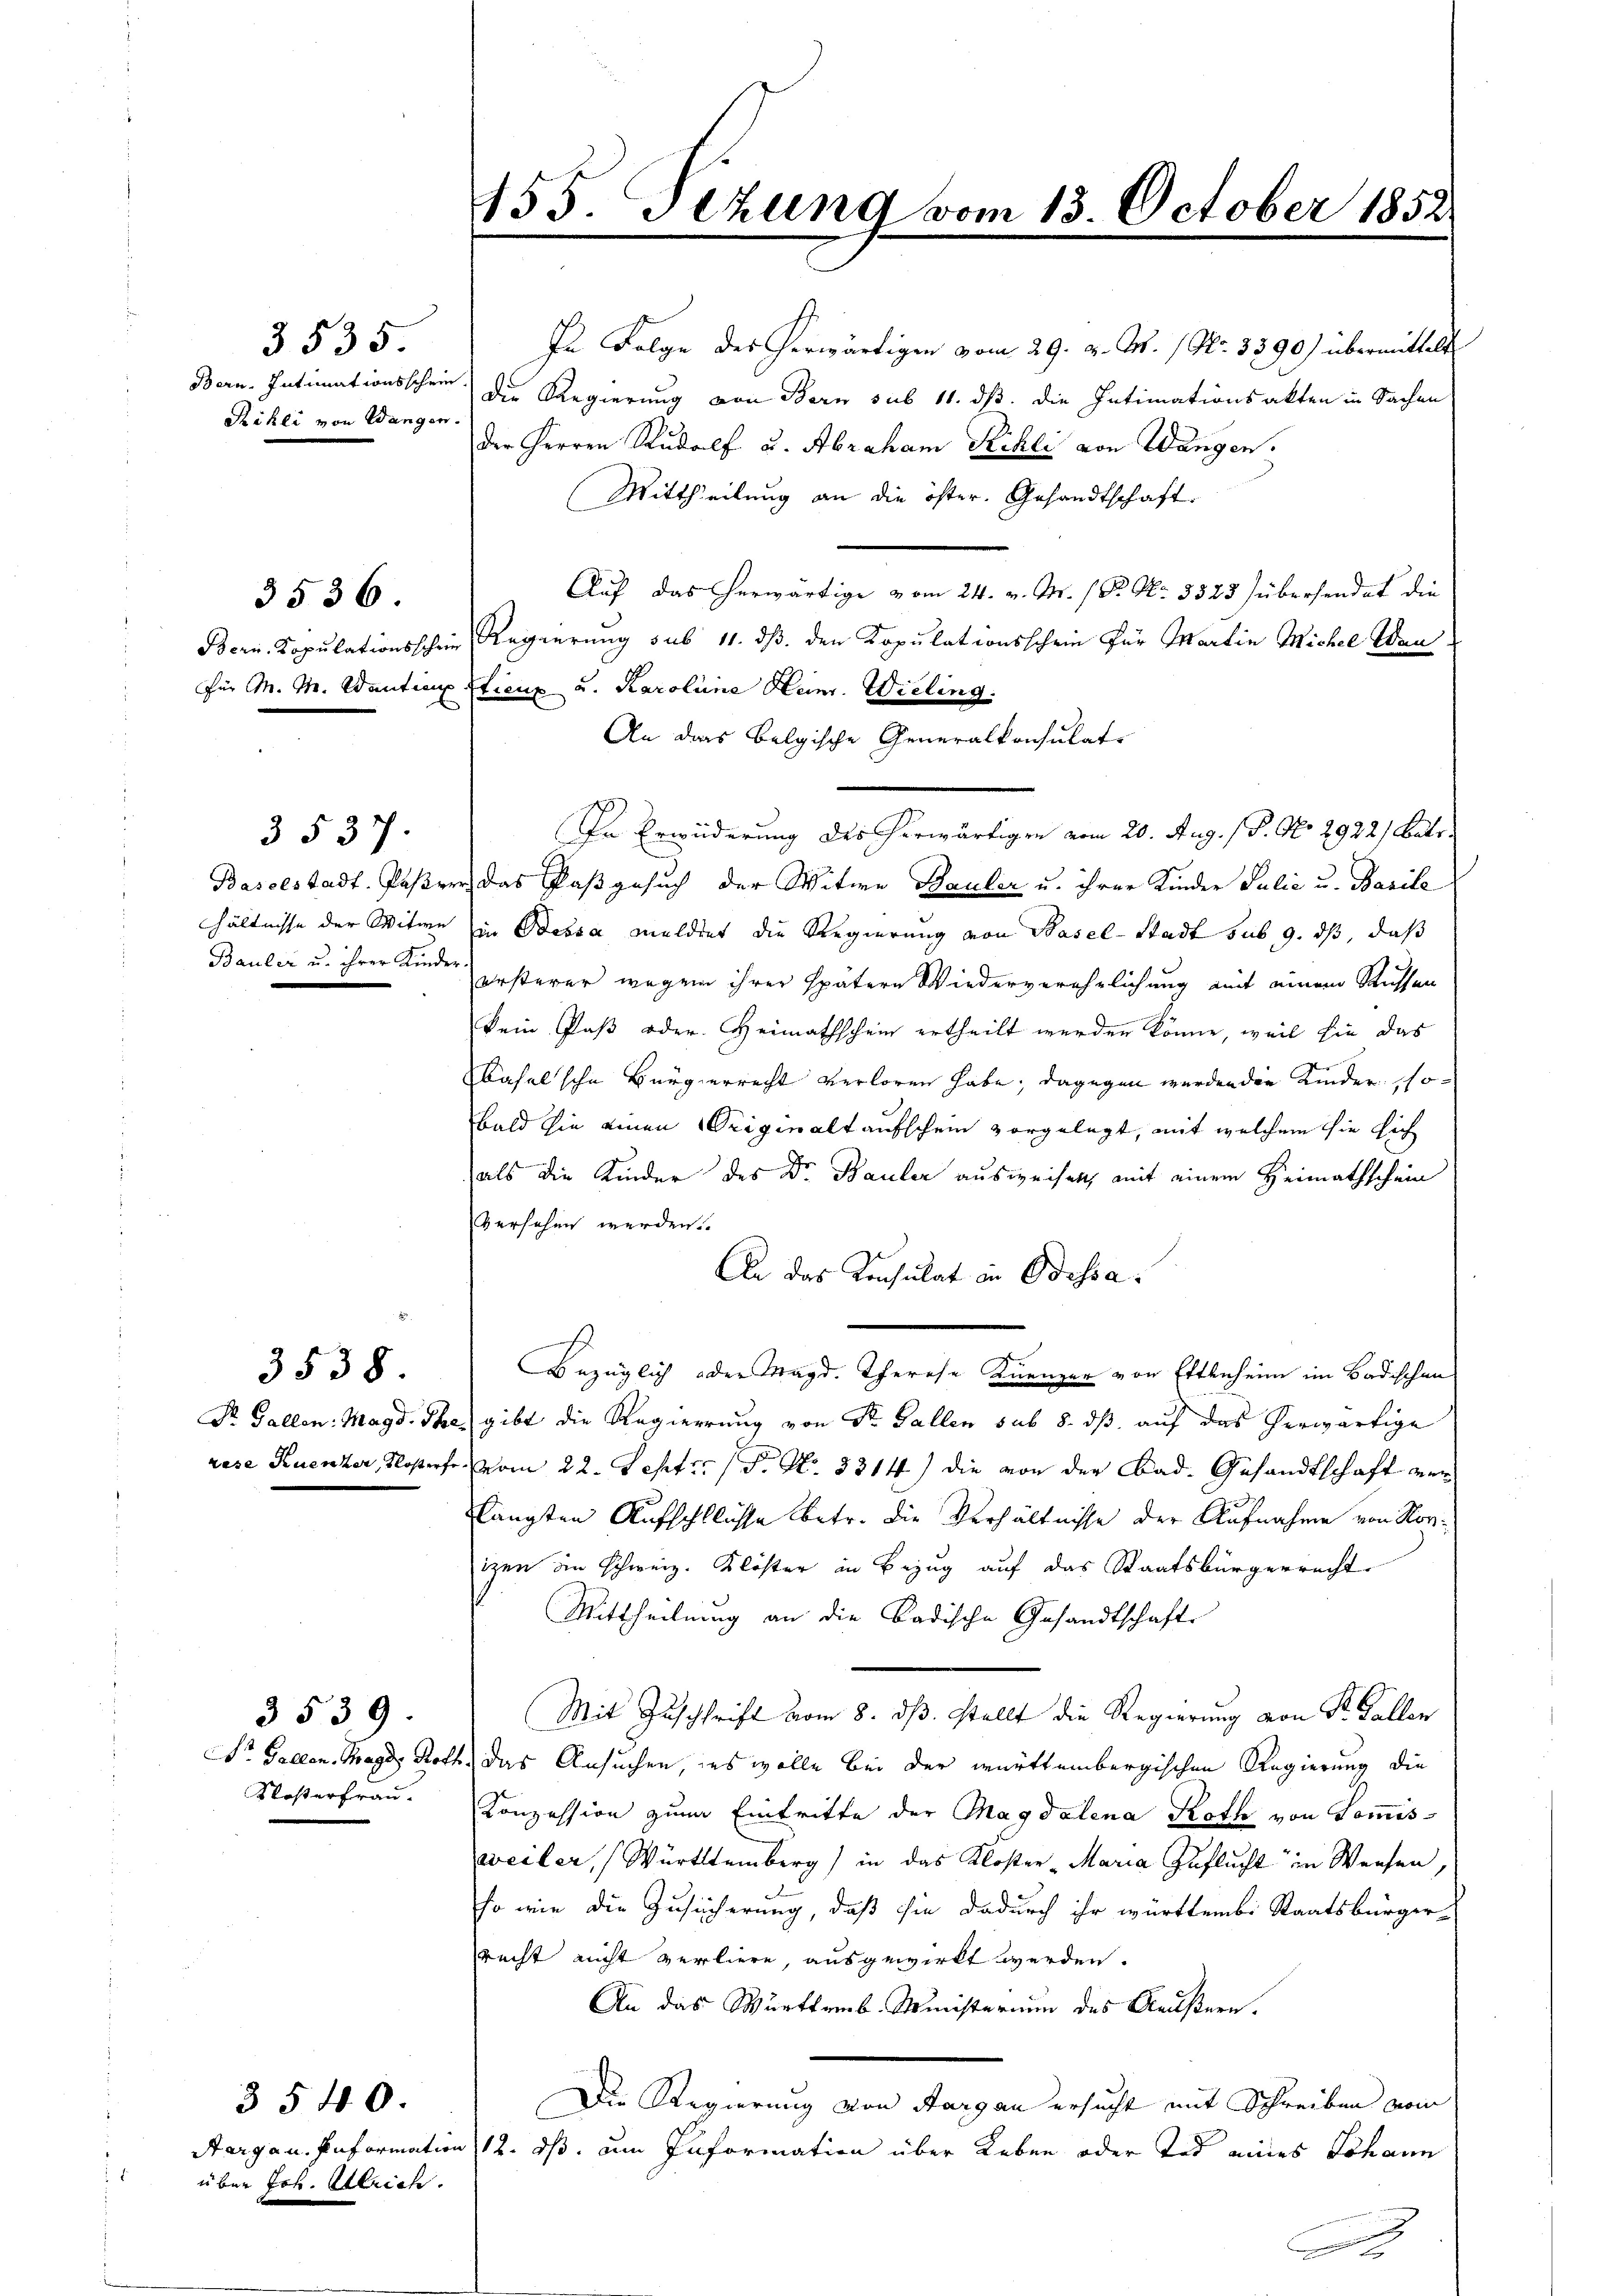
3535.
Bern, Intimationsschein
Rihli von Wangen.

3536.

3537.

3540.

3538

Nosterfrau.

3539.

über Joh. Ulrich.

In Folge des herwärtigen vom 29. v. M. / No. 3390) übermittelt
die Regierung von Bern sub 11. ds. die Intimationsakten in Sachen
der Herren Rudolf u. Abraham Kehli von Wangen.
Mittheilung an die öfter. Gesandtschaft.
Auf das erwärtige vom 24. v. M. P. Nr. 3328 übersendet die
Bern. Kopulationsschen Regierung sub 11. dß. den Kopulationsschein für Martin Michel den
für M. M. antian Etieng u. Karolina Heinr. Wieling.
An das belgische Generalkonsulate
In Erwiderung des herwärtigen vom 20. Aug. 18. No 2922) Betr
Baselstadt Paßer das Paß gesuch der Witwe Bauler u. ihrer Kinder Julie u. Basile
hältnisse der Witwe in Bossa meldet die Regierung von Basel-Stadt sub 9. ds, daß
Bauler u. ihrer Kinder Ersterer wegen ihrer spätern Wiederverehrlichung mit einem Russen
kein Paß oder Heimathschein ertheilt werden könne, weil sie das
(Basel sche Bürgerrecht verloren habe; dagegen werden die Kinder, so
bald sie einen Originaltaufschein vorgelegt, mit welchem sie sich
als die Kinder des Dr. Bauler ausweisen, mit einem Heimathschein
versehen werden.
An das Konsulat in Odessa
Bezüglich oder Magd. Therese Krenzen von Ettenheim im Badischen
Dr. Gallen: Magd. The gibt die Regierung von Sr. Gallen sub 8. dß auf das herwärtige
rese Ruenzer, Klosterfe vom 22. Sept. 1 P. Nr. 8314) die von der Bad. Gesandtschaft ver
langten Aufschlüsse betr. die Verhältnisse der Aufnahme von Rorizen in Schweiz. Klöster in Bezug auf das Staatsbürgerrecht
Mittheilung an die Badische Gesandtschaft
Mit Zuschrift vom 8. ds. stellt die Regierung von St. Gallen
Dr. Gallen. Tages Roth, das Ansuchen, ins wolle bei der württembergischen Regierung die
Konzession zum Eintritte der Magdalena Roth von Kommisweiler, (Württemberg) in das Kloster - Maria Zuflucht in Weisen,
so wie die Zusicherung, daß sie dadurch ihr württembi Staatsbürger-
recht nicht verliere, ausgewirkt werden.
An das Württemb. Ministerium des Aeußern.
Die Regierung von Aargau ersucht mit Schreiben vom
Aargau. Information 12. ds. um Information über Leben oder Tod eines Johann

455. Sizung vom 13. October 1852
e